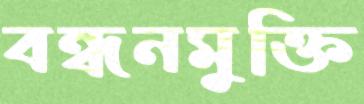
বন্ধনমুক্তি